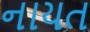
નાયત